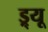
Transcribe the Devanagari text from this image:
ड्र्यू